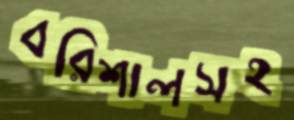
বরিশালসহ